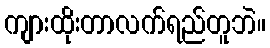
ကျားထိုးတာလက်ရည်တူဘဲ။